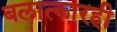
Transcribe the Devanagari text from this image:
बलात्कारही